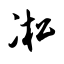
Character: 凇